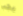
يجب